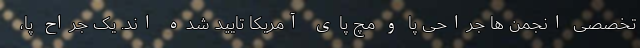
تخصصی انجمن ها جراحی پا و مچ پای آمریکا تایید شده اند. یک جراح پا،